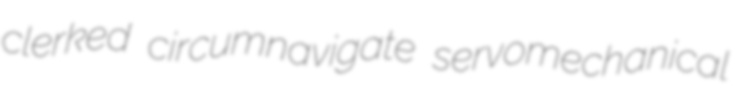
clerked circumnavigate servomechanical